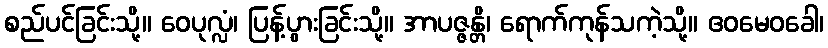
စည်ပင်ခြင်းသို့။ ဝေပုလ္လံ၊ ပြန့်ပွားခြင်းသို့။ အာပဇ္ဇန္တိ၊ ရောက်ကုန်သကဲ့သို့။ ဧဝမေဝခေါ၊